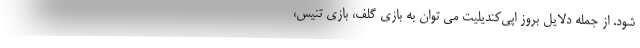
شود. از جمله دلایل بروز اپی‌کندیلیت می توان به بازی گلف، بازی تنیس،